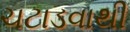
ચટાડવાથી